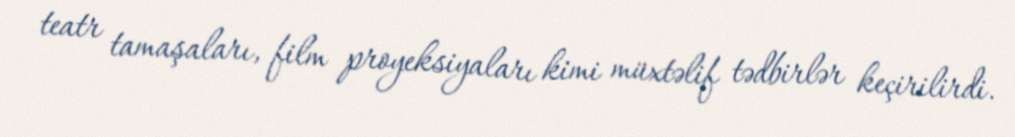
teatr tamaşaları, film proyeksiyaları kimi müxtəlif tədbirlər keçirilirdi.